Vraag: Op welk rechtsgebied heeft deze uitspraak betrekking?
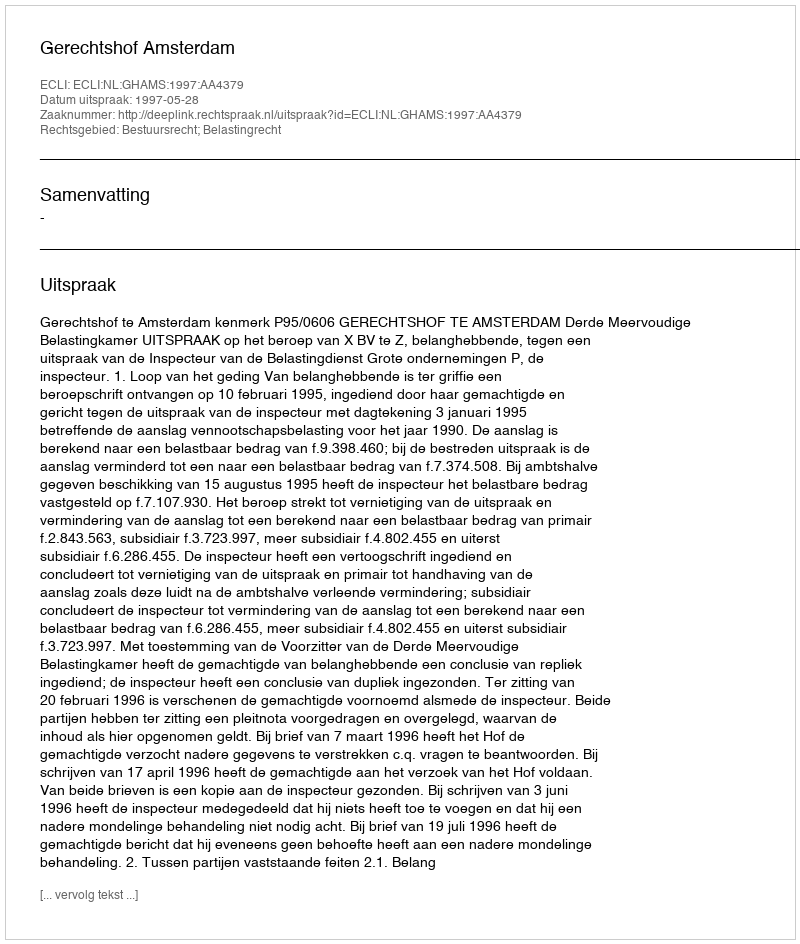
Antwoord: Bestuursrecht; Belastingrecht